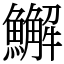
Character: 䲒